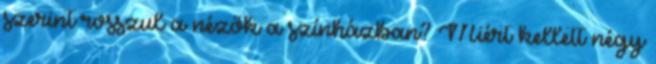
szerint rosszul a nézők a színházban? Miért kellett négy